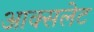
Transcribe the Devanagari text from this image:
आक्सलेट